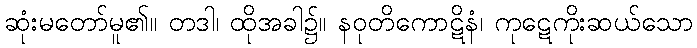
ဆုံးမတော်မူ၏။ တဒါ၊ ထိုအခါ၌။ နဝုတိကောဋိနံ၊ ကုဋေကိုးဆယ်သော